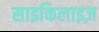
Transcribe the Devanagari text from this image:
साइकिलाइज़